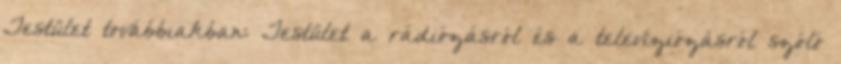
Testület továbbiakban: Testület a rádiózásról és a televíziózásról szóló